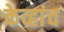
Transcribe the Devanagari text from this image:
केव्हांच